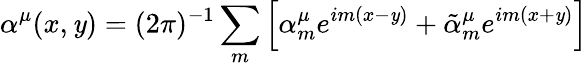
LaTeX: \alpha^{\mu}(x,\mathit{y})=(2\pi)^{-1}\sum_{m}\left[\alpha_{m}^{\mu}e^{im(x-\mathit{y})}+\tilde{{\alpha}}_{m}^{\mu}e^{im(x+\mathit{y})}\right]